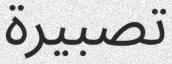
تصبيرة